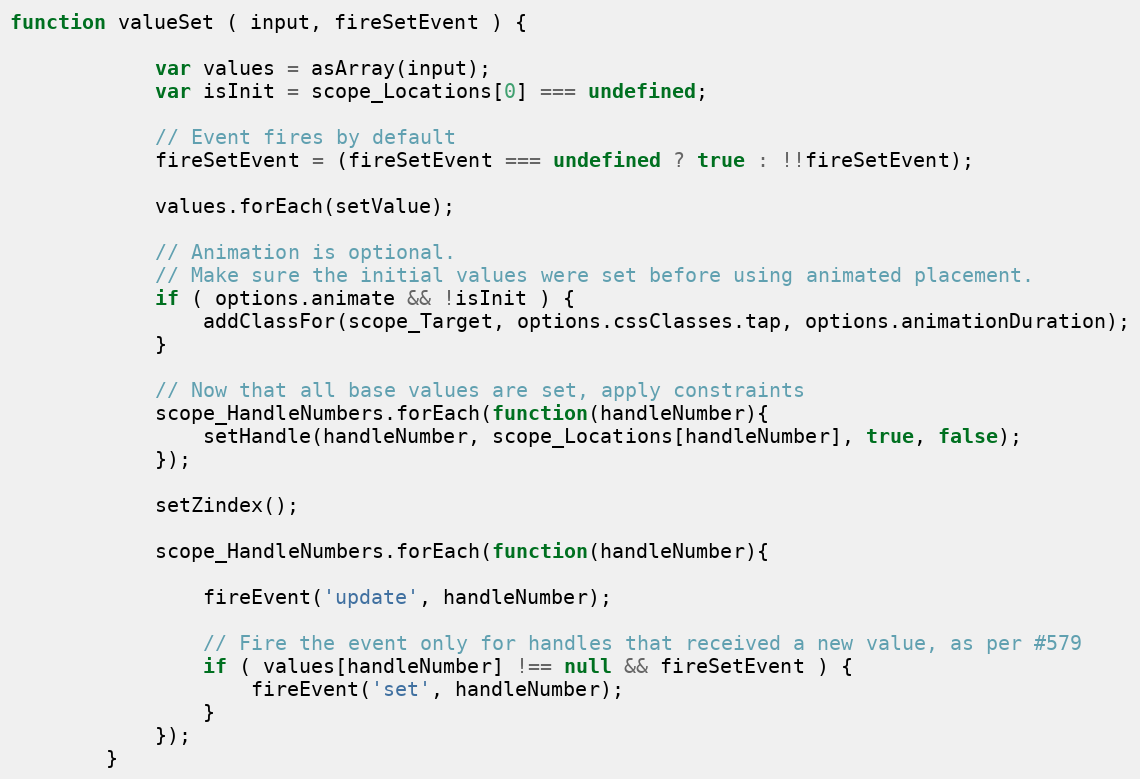
Language: JavaScript
function valueSet ( input, fireSetEvent ) {

            var values = asArray(input);
            var isInit = scope_Locations[0] === undefined;

            // Event fires by default
            fireSetEvent = (fireSetEvent === undefined ? true : !!fireSetEvent);

            values.forEach(setValue);

            // Animation is optional.
            // Make sure the initial values were set before using animated placement.
            if ( options.animate && !isInit ) {
                addClassFor(scope_Target, options.cssClasses.tap, options.animationDuration);
            }

            // Now that all base values are set, apply constraints
            scope_HandleNumbers.forEach(function(handleNumber){
                setHandle(handleNumber, scope_Locations[handleNumber], true, false);
            });

            setZindex();

            scope_HandleNumbers.forEach(function(handleNumber){

                fireEvent('update', handleNumber);

                // Fire the event only for handles that received a new value, as per #579
                if ( values[handleNumber] !== null && fireSetEvent ) {
                    fireEvent('set', handleNumber);
                }
            });
        }